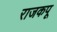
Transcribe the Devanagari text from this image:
राजकपू